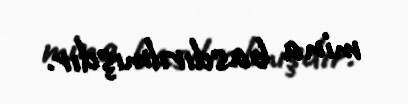
mina basdırılmışdır.